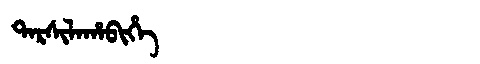
Manchu: ᡨᠠᡵᠰᡳᠯᠠᡥᠠᠪᡳᡥᡝ
Romanization: TARSILAHABIHE